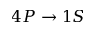
4 P \rightarrow 1 S